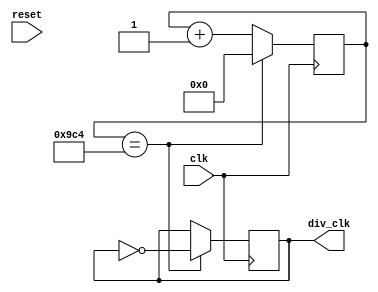
`define TimeExpire 32'd2500

module clk_div_dot(clk, reset, div_clk);
input clk, reset;
output div_clk;

reg div_clk;
reg [31:0] count;

always@(posedge clk)
begin

		if(count == `TimeExpire)
		begin
			count <= 32'd0;
			div_clk <= ~div_clk;
		end
		else
		begin
			count <= count + 32'd1;
		end

end
endmodule